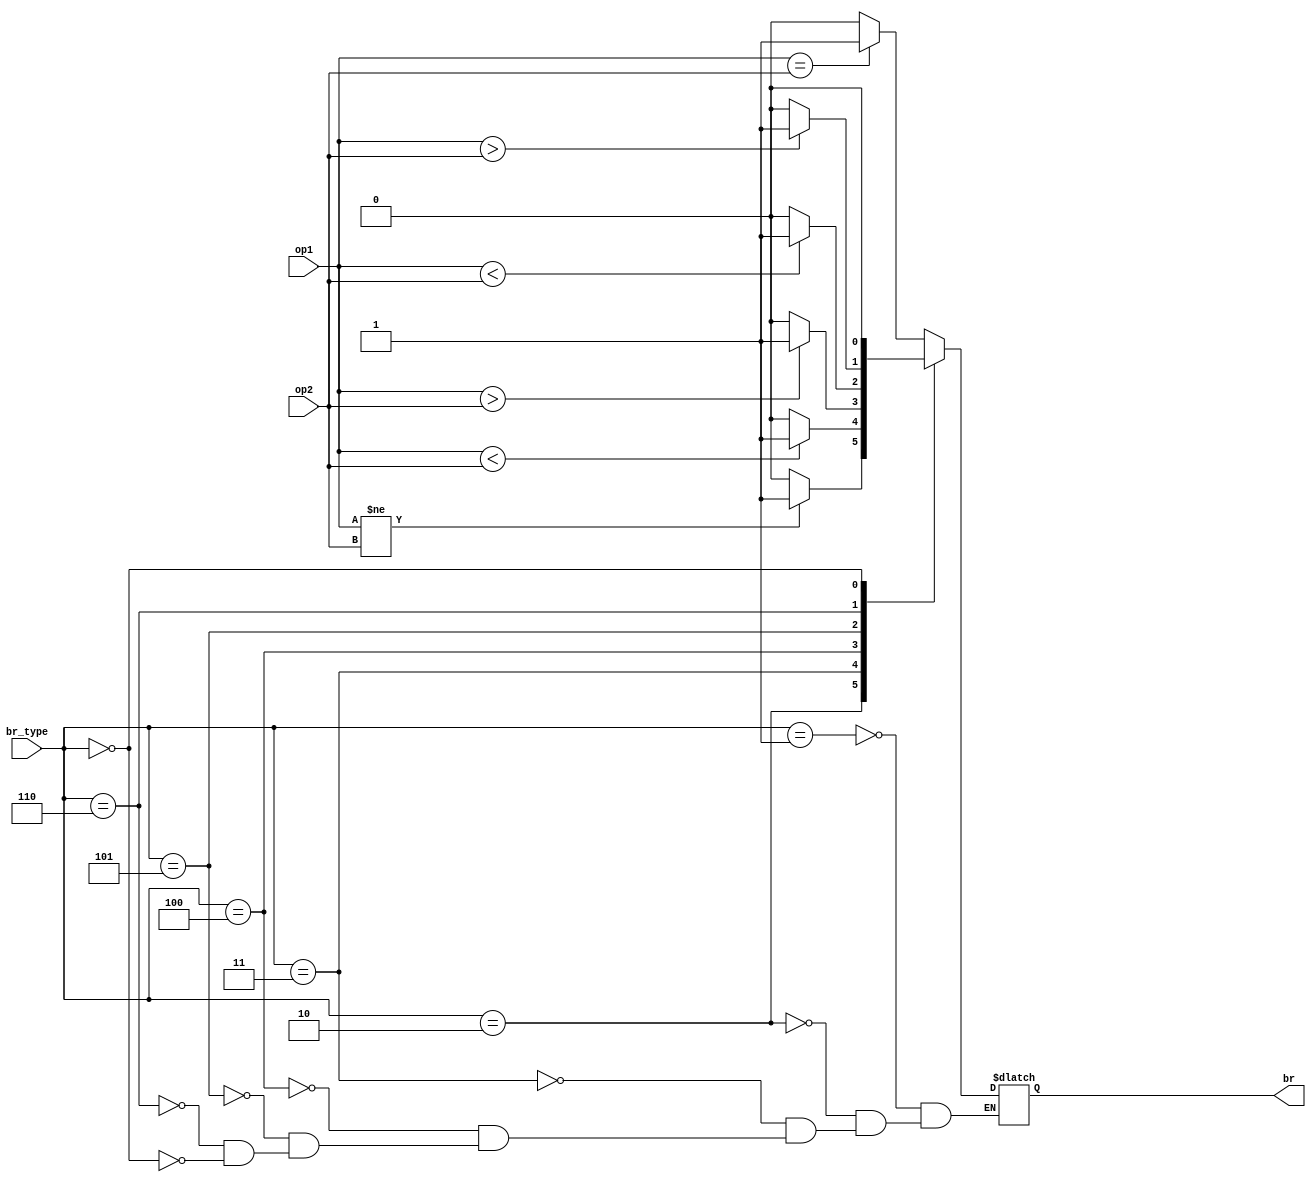
`timescale 1ns / 1ps

module Branch(
input [31:0] op1,
input [31:0] op2,
input [2:0] br_type,
output reg br
);

parameter beq=3'd1;
parameter bne=3'd2;
parameter blt=3'd3;
parameter bge=3'd4;
parameter bltu=3'd5;
parameter bgeu=3'd6;
parameter NAN=3'd0;

always@(*)
begin
    case(br_type)
    beq:
    begin
    if(op1 == op2)
       br = 1;
    else
       br = 0;
    end

    bne:
    begin
    if(op1 != op2)
       br = 1;
    else
       br = 0;    
    end

    blt:
    begin
    if($signed(op1) < $signed(op2))
      br = 1;
    else
      br = 0;
    end

    bge:
    begin
    if($signed(op1) > $signed(op2))
      br = 1;
    else
      br = 0;
    end

    bltu:
    begin
    if(op1 < op2)
      br = 1;
    else
      br = 0;
    end

    bgeu:
    begin
     if(op1 > op2)
      br = 1;
    else
      br = 0;
    end

    NAN:
    begin
      br = 0;
    end
    
    endcase
end
endmodule